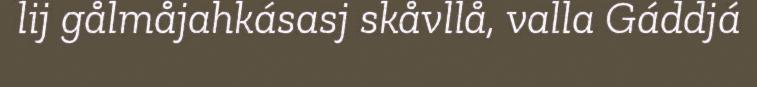
lij gålmåjahkásasj skåvllå, valla Gáddjá